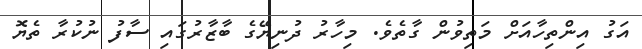
އަގު އިންތިހާއަށް މަތިވުން ގާތެވެ. މިހާރު ދުނިޔޭގެ ބާޒާރުގައި ސާފު ނުކުރާ ތެޔޮ